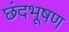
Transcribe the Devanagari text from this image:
छंदभूषण